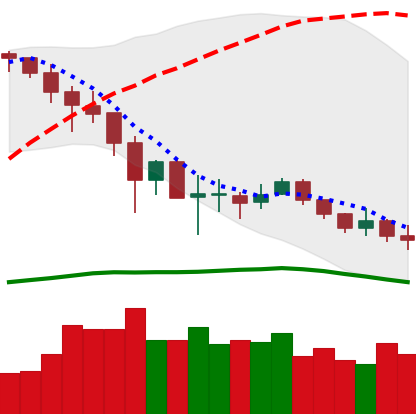
Ticker: LINK-USD
Chart end date: 2019-12-05
Forward return: 12.087%
Label: up_7plus